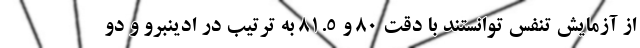
از آزمایش تنفس توانستند با دقت ۸۰ و ۸۱.۵ به ترتیب در ادینبرو و دو